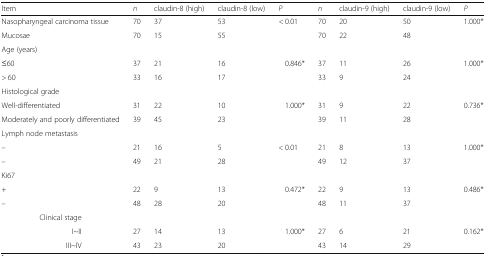
<table><thead><tr><td><b>Item</b></td><td><b><i>n</i></b></td><td><b>claudin-8 (high)</b></td><td><b>claudin-8 (low)</b></td><td><b><i>P</i></b></td><td><b><i>n</i></b></td><td><b>claudin-9 (high)</b></td><td><b>claudin-9 (low)</b></td><td><b><i>P</i></b></td></tr></thead><tbody><tr><td>Nasopharyngeal carcinoma tissue</td><td>70</td><td>37</td><td>53</td><td>&lt; 0.01</td><td>70</td><td>20</td><td>50</td><td>1.000*</td></tr><tr><td>Mucosae</td><td>70</td><td>15</td><td>55</td><td></td><td>70</td><td>22</td><td>48</td><td></td></tr><tr><td>Age (years)</td><td></td><td></td><td></td><td></td><td></td><td></td><td></td><td></td></tr><tr><td>≤60</td><td>37</td><td>21</td><td>16</td><td>0.846*</td><td>37</td><td>11</td><td>26</td><td>1.000*</td></tr><tr><td>&gt; 60</td><td>33</td><td>16</td><td>17</td><td></td><td>33</td><td>9</td><td>24</td><td></td></tr><tr><td>Histological grade</td><td></td><td></td><td></td><td></td><td></td><td></td><td></td><td></td></tr><tr><td>Well-differentiated</td><td>31</td><td>22</td><td>10</td><td>1.000*</td><td>31</td><td>9</td><td>22</td><td>0.736*</td></tr><tr><td>Moderately and poorly differentiated</td><td>39</td><td>45</td><td>23</td><td></td><td>39</td><td>11</td><td>28</td><td></td></tr><tr><td>Lymph node metastasis</td><td></td><td></td><td></td><td></td><td></td><td></td><td></td><td></td></tr><tr><td>–</td><td>21</td><td>16</td><td>5</td><td>&lt; 0.01</td><td>21</td><td>8</td><td>13</td><td>1.000*</td></tr><tr><td>–</td><td>49</td><td>21</td><td>28</td><td></td><td>49</td><td>12</td><td>37</td><td></td></tr><tr><td>Ki67</td><td></td><td></td><td></td><td></td><td></td><td></td><td></td><td></td></tr><tr><td>+</td><td>22</td><td>9</td><td>13</td><td>0.472*</td><td>22</td><td>9</td><td>13</td><td>0.486*</td></tr><tr><td>–</td><td>48</td><td>28</td><td>20</td><td></td><td>48</td><td>11</td><td>37</td><td></td></tr><tr><td>Clinical stage</td><td></td><td></td><td></td><td></td><td></td><td></td><td></td><td></td></tr><tr><td>I~II</td><td>27</td><td>14</td><td>13</td><td>1.000*</td><td>27</td><td>6</td><td>21</td><td>0.162*</td></tr><tr><td>III~IV</td><td>43</td><td>23</td><td>20</td><td></td><td>43</td><td>14</td><td>29</td><td></td></tr></tbody></table>